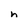
Character: h